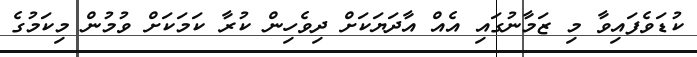
ކުޑަވެފައިވާ މި ޒަމާނުގައި އެއް އާދަޔަކަށް ދިވެހިން ކުރާ ކަމަކަށް ވުމުން މިކަމުގެ